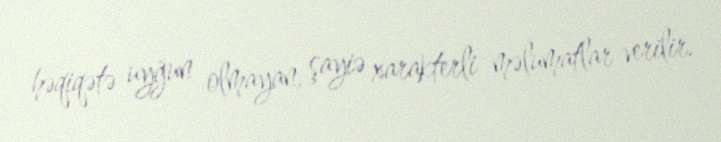
həqiqətə uyğun olmayan, şayiə xarakterli məlumatlar verilir.